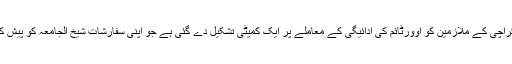
جامعہ کراچی کے ملازمین کو اوورٹائم کی ادائیگی کے معاملے پر ایک کمیٹی تشکیل دے گئی ہے جو اپنی سفارشات شیخ الجامعہ کو پیش کریں گی۔